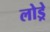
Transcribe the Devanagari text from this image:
लोड्रे